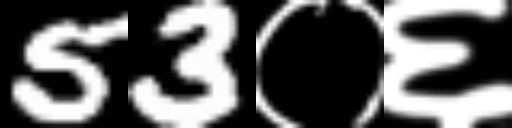
Text: 53०६